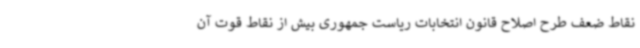
نقاط ضعف طرح اصلاح قانون انتخابات ریاست جمهوری بیش از نقاط قوت آن